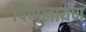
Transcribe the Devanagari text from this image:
पिप्पलायण